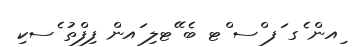
ިއން ެގ ަފ ްސ ްޓ ބެ ޭޓލި ައން ފިފްތު ެސކި